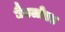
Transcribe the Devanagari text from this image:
टैबलोएड